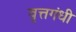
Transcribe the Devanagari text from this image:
वृत्तगंधी